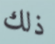
ذلك